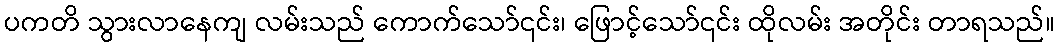
ပကတိ သွားလာနေကျ လမ်းသည် ကောက်သော်၎င်း၊ ဖြောင့်သော်၎င်း ထိုလမ်း အတိုင်း တာရသည်။